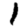
Digit: 1